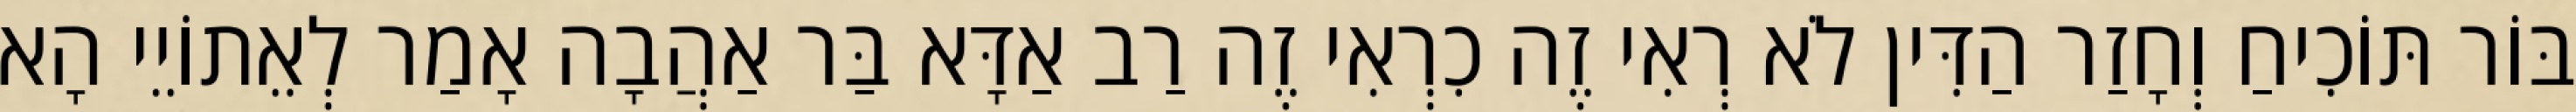
בּוֹר תּוֹכִיחַ וְחָזַר הַדִּין לֹא רְאִי זֶה כִרְאִי זֶה רַב אַדָּא בַּר אַהֲבָה אָמַר לְאֵתוֹיֵי הָא